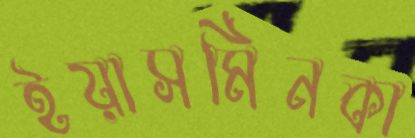
ইয়াসমিনকা